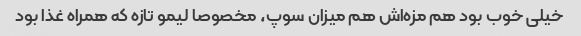
خیلی خوب بود هم مزه‌اش هم میزان سوپ، مخصوصا لیمو تازه که همراه غذا بود